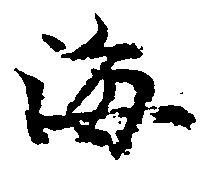
海